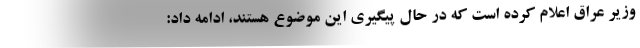
وزیر عراق اعلام کرده است که در حال پیگیری این موضوع هستند، ادامه داد: